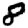
Digit: 8